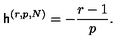
\mathsf { h } ^ { ( r , p , N ) } = - \frac { r - 1 } { p } .